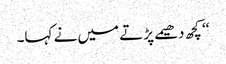
‘‘ کچھ دھیمے پڑتے میں نے کہا۔